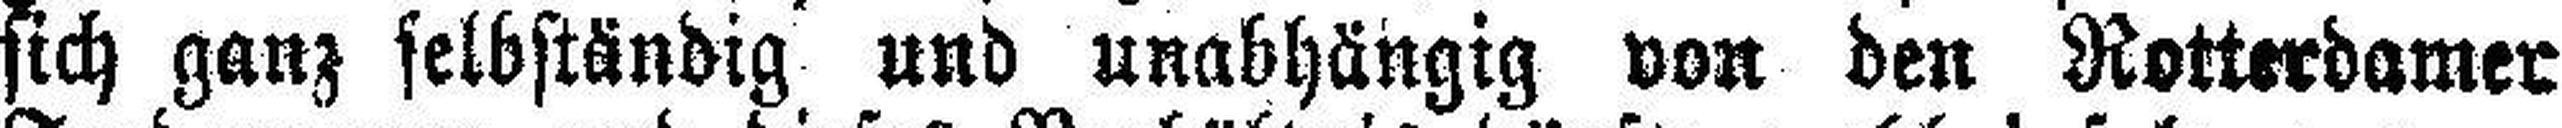
sich ganz selbständig und unabhängig von den Rotterdamer